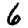
Digit: 6